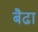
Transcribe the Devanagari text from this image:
बैढा